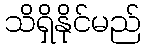
သိရှိနိုင်မည်